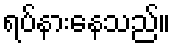
ရပ်နားနေသည်။